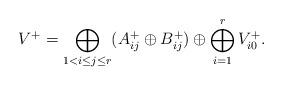
LaTeX: \begin{align*}V^+ = \bigoplus_{1<i\leq j\leq r}(A_{ij}^+\oplus B_{ij}^+)\oplus\bigoplus_{i = 1}^r V^+_{i0}.\end{align*}